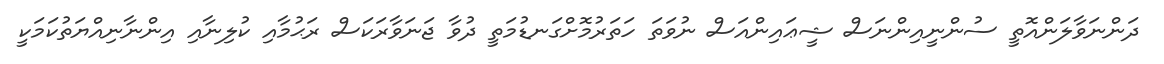
ދަންނަވާލަންއޮތީ ސުންނީއިންނަސް ޝީޢައިންއަސް ނުވަތަ ހަތަރުމޮށްގަނޑުމަތީ ދުވާ ޖަނަވާރަކަސް ރަޙުމާއި ކުލިނާއި އިންނާނިއްޔަތުކަމަކީ